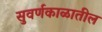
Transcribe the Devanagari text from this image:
सुवर्णकाळातील